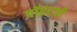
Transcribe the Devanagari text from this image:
पॉइंटची